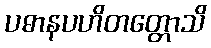
ပဓာနပဟိတတ္တောသိ